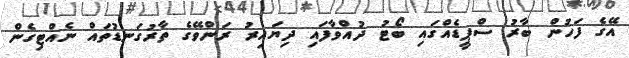
އޭގެ ފަހުން ބާރު ސްޕީޑެއްގައި ބޯޓު ދުއްވާފައި ދިޔައިރު ރަންވޭގެ ތާރުގަނޑުތައް ނެއްޓިގެން